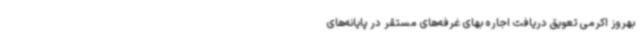
بهروز اکرمی تعویق دریافت اجاره بهای غرفه‌های مستقر در پایانه‌های